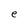
Character: e